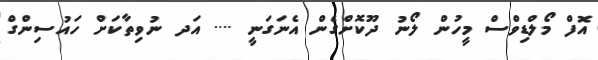
އޮފް މޯލްޑިވްސް މީހުން ލޯނު ދޫކޮށްގެން އެނަގަނީ .... އަދ ނުވިތާކަށް ހައުސިންގް